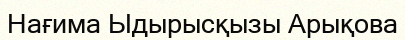
Нағима Ыдырысқызы Арықова